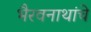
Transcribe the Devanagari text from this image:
भैरवनाथांचे